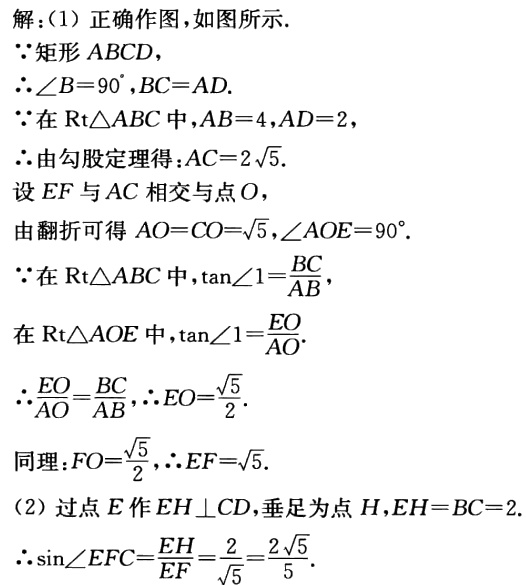
解：(1) 正确作图，如图所示.

\(\because\)矩形\(ABCD\)，

\(\therefore\angle B = 90^{\circ},BC = AD\).

\(\because\)在\(\text{Rt}\triangle ABC\)中，\(AB = 4\)，\(AD = 2\)，

\(\therefore\)由勾股定理得：\(AC = 2\sqrt{5}\).

设\(EF\)与\(AC\)相交与点\(O\)，

由翻折可得 \(AO = CO=\sqrt{5},\angle AOE = 90^{\circ}\).

\(\because\)在\(\text{Rt}\triangle ABC\)中，\(\tan\angle1=\frac{BC}{AB}\)，

在\(\text{Rt}\triangle AOE\)中，\(\tan\angle1=\frac{EO}{AO}\).

\(\therefore\frac{EO}{AO}=\frac{BC}{AB}\)，\(\therefore EO=\frac{\sqrt{5}}{2}\).

同理：\(FO=\frac{\sqrt{5}}{2}\)，\(\therefore EF=\sqrt{5}\).

(2) 过点\(E\)作\(EH\perp CD\)，垂足为点\(H\)，\(EH = BC = 2\).

\(\therefore\sin\angle EFC=\frac{EH}{EF}=\frac{2}{\sqrt{5}}=\frac{2\sqrt{5}}{5}\).